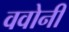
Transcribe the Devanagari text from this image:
ववोनी